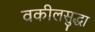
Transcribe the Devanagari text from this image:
वकीलसुद्धा